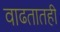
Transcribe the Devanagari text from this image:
वाढतातही